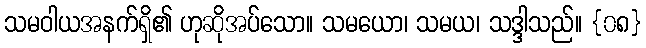
သမဝါယအနက်ရှိ၏ ဟုဆိုအပ်သော။ သမယော၊ သမယ၊ သဒ္ဒါသည်။ {၀၈}